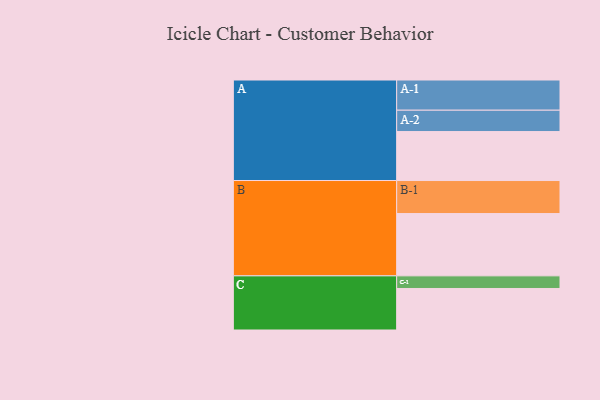
{"axis": {"x": "Segment", "y": "Value"}, "legend": ["", "A", "B", "C"], "data": [{"x": "A", "y": 415, "type": ""}, {"x": "B", "y": 528, "type": ""}, {"x": "C", "y": 352, "type": ""}, {"x": "A-1", "y": 256, "type": "A"}, {"x": "A-2", "y": 181, "type": "A"}, {"x": "B-1", "y": 280, "type": "B"}, {"x": "C-1", "y": 107, "type": "C"}]}